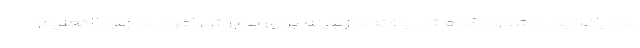
با میانگین کشوری کاهش یافته و زمینه برای پذیرش افراد واجب التعلیم